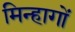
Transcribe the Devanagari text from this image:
मिन्हागों